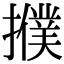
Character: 𢷏